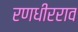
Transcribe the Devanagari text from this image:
रणधीरराव